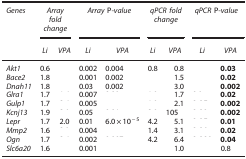
<table><thead><tr><td><b><i>Genes</i></b></td><td colspan="2"><b><i>Array fold change</i></b></td><td colspan="2"><b><i>Array</i> P<i>-value</i></b></td><td colspan="2"><b><i>qPCR fold change</i></b></td><td colspan="2"><b><i>qPCR</i> P<i>-value</i></b></td></tr><tr><td>[EMPTY_CELL]</td><td><b><i>Li</i></b></td><td><b><i>VPA</i></b></td><td><b><i>Li</i></b></td><td><b><i>VPA</i></b></td><td><b><i>Li</i></b></td><td><b><i>VPA</i></b></td><td><b><i>Li</i></b></td><td><b><i>VPA</i></b></td></tr></thead><tbody><tr><td><i>Akt1</i></td><td>0.6</td><td>[EMPTY_CELL]</td><td>0.002</td><td>0.004</td><td>0.8</td><td>0.8</td><td>[EMPTY_CELL]</td><td><b>0.03</b></td></tr><tr><td><i>Bace2</i></td><td>1.8</td><td>[EMPTY_CELL]</td><td>0.001</td><td>0.002</td><td>[EMPTY_CELL]</td><td>1.5</td><td>[EMPTY_CELL]</td><td><b>0.02</b></td></tr><tr><td><i>Dnah11</i></td><td>1.8</td><td>[EMPTY_CELL]</td><td>0.03</td><td>0.002</td><td>[EMPTY_CELL]</td><td>3.0</td><td>[EMPTY_CELL]</td><td><b>0.002</b></td></tr><tr><td><i>Glra1</i></td><td>1.7</td><td>[EMPTY_CELL]</td><td>0.007</td><td>[EMPTY_CELL]</td><td>[EMPTY_CELL]</td><td>1.7</td><td>[EMPTY_CELL]</td><td><b>0.02</b></td></tr><tr><td><i>Gulp1</i></td><td>1.7</td><td>[EMPTY_CELL]</td><td>0.005</td><td>[EMPTY_CELL]</td><td>[EMPTY_CELL]</td><td>2.1</td><td>[EMPTY_CELL]</td><td><b>0.002</b></td></tr><tr><td><i>Kcnj13</i></td><td>1.9</td><td>[EMPTY_CELL]</td><td>0.05</td><td>[EMPTY_CELL]</td><td>[EMPTY_CELL]</td><td>105</td><td>[EMPTY_CELL]</td><td><b>0.002</b></td></tr><tr><td><i>Lepr</i></td><td>1.7</td><td>2.0</td><td>0.01</td><td>6.0 × 10<sup>−5</sup></td><td>4.2</td><td>5.1</td><td>[EMPTY_CELL]</td><td><b>0.01</b></td></tr><tr><td><i>Mmp2</i></td><td>1.6</td><td>[EMPTY_CELL]</td><td>0.004</td><td>[EMPTY_CELL]</td><td>1.4</td><td>3.1</td><td>[EMPTY_CELL]</td><td><b>0.02</b></td></tr><tr><td><i>Ogn</i></td><td>1.7</td><td>[EMPTY_CELL]</td><td>0.002</td><td>[EMPTY_CELL]</td><td>4.2</td><td>6.4</td><td>[EMPTY_CELL]</td><td><b>0.04</b></td></tr><tr><td><i>Slc6a20</i></td><td>1.6</td><td>[EMPTY_CELL]</td><td>0.001</td><td>[EMPTY_CELL]</td><td>[EMPTY_CELL]</td><td>1.0</td><td>[EMPTY_CELL]</td><td>0.8</td></tr></tbody></table>